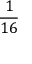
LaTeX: \frac { 1 } { 1 6 }